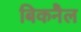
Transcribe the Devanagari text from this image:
बिकनैल